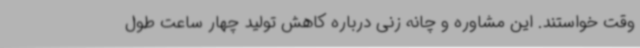
وقت خواستند. این مشاوره و چانه زنی درباره کاهش تولید چهار ساعت طول